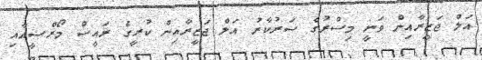
އަލް ޖަޒީރާއިން ވަނީ މިސްރުގެ ސަރުކާރު އަލް ޖަޒީރާއިން ކުރީގެ ރައީސް މޯރްސީއާއި